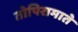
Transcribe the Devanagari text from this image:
तोपिरामाते